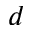
d